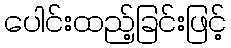
ပေါင်းထည့်ခြင်းဖြင့်